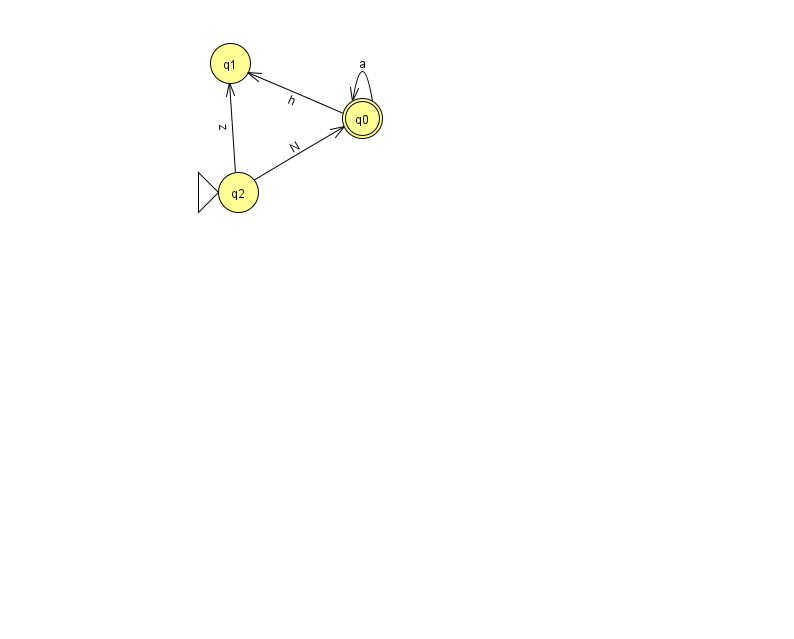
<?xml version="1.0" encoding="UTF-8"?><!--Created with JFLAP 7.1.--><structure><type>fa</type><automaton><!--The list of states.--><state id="0" name="q0"><x>362.0</x><y>105.0</y><final/></state><state id="1" name="q1"><x>230.0</x><y>50.0</y></state><state id="2" name="q2"><x>238.0</x><y>179.0</y><initial/></state><!--The list of transitions.--><transition><from>0</from><to>0</to><read>a</read></transition><transition><from>0</from><to>1</to><read>h</read></transition><transition><from>2</from><to>1</to><read>z</read></transition><transition><from>2</from><to>0</to><read>N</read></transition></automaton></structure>